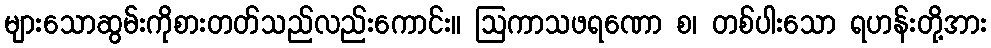
များသောဆွမ်းကိုစားတတ်သည်လည်းကောင်း။ ဩကာသဖရဏော စ၊ တစ်ပါးသော ရဟန်းတို့အား